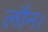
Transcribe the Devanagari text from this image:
लौन।